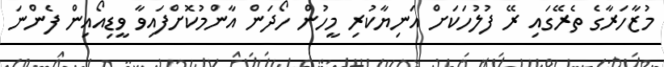
މުޒާހަރާގެ ތެރޭގައި ރޭ ފުލުހަކަށް އަނިޔާކުރި މީހުން ހޯދަން އާންމުކޮށްފައިވާ ވީޑިއޯއިން ފެންނަ